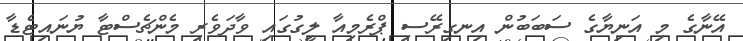
އޭނާގެ މި އަނިޔާގެ ސަބަބުން އިނގިރޭސި ޕްރެމިއާ ލީގުގައި ވާދަވެރި މެންޗެސްޓާ ޔުނައިޓެޑާ